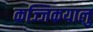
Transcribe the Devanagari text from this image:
कज्जिकयालु